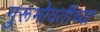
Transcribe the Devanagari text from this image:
गुरूभोवतीच्या